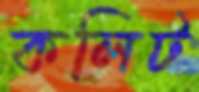
কলিট